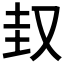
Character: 𡊋